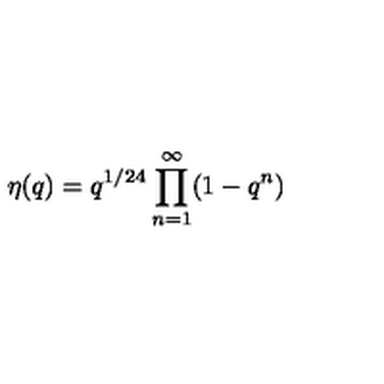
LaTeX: \eta ( q ) = q ^ { 1 / 2 4 } \prod _ { n = 1 } ^ { \infty } ( 1 - q ^ { n } )